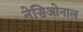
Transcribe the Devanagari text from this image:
नेसिओनाल